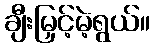
ချီးမြှင့်မဲ့ရွယ်။